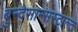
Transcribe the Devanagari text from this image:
बुन्देसान्सस्टाल्ट